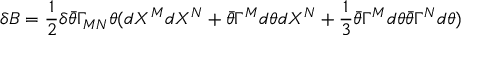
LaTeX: \delta B = { \frac { 1 } { 2 } } \delta \bar { \theta } \Gamma _ { M N } \theta ( d X ^ { M } d X ^ { N } + \bar { \theta } \Gamma ^ { M } d \theta d X ^ { N } + { \frac { 1 } { 3 } } \bar { \theta } \Gamma ^ { M } d \theta \bar { \theta } \Gamma ^ { N } d \theta )